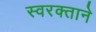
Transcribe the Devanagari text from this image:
स्‍वरक्ताने